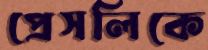
প্রেসলিকে